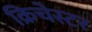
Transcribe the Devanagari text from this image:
क्रिचेस्टर